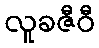
လူခဇီဝီ